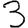
Digit: 3